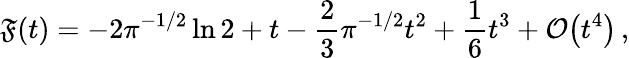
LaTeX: \mathfrak{F}(t)=-2\pi^{-1/2}\ln 2+t-\frac{2}{3}\pi^{-1/2}t^{2}+\frac{1}{6}t^{3}+\mathcal{O}\bigl(t^{4}\bigr)\, ,